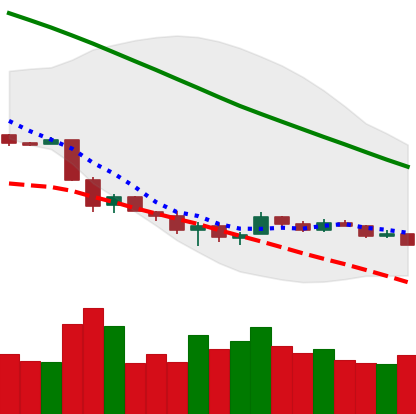
Ticker: ETH-USD
Chart end date: 2018-12-05
Forward return: -10.529%
Label: down_7plus